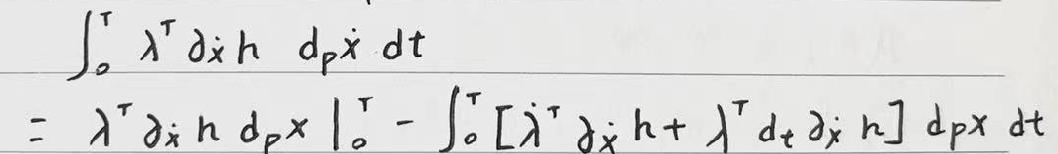
\[
\begin{align*}
&\int_{0}^{\tau}\lambda^{\top}\partial_{\dot{x}}h\ d_{p}\dot{x}\ dt\\
=&\lambda^{\top}\partial_{\dot{x}}h\ d_{p}x\big|_{0}^{\tau}-\int_{0}^{\tau}[\dot{\lambda}^{\top}\partial_{\dot{x}}h+\lambda^{\top}d_{t}\partial_{\dot{x}}h]\ d_{p}x\ dt
\end{align*}
\]